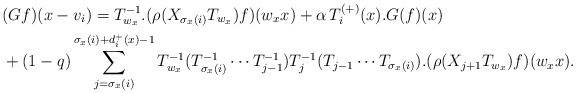
LaTeX: \begin{align*}& (Gf)(x-v_{i})=T_{w_{x}}^{-1}.(\rho(X_{\sigma_{x}(i)}T_{w_{x}})f)(w_{x}x)+\alpha \, T_{i}^{(+)}(x).G(f)(x) \\ &+(1-q)\sum_{j=\sigma_{x}(i)}^{\sigma_{x}(i)+d_{i}^{+}(x)-1}T_{w_{x}}^{-1}(T_{\sigma_{x}(i)}^{-1}\cdots T_{j-1}^{-1})T_{j}^{-1}(T_{j-1}\cdots T_{\sigma_{x}(i)}).(\rho(X_{j+1}T_{w_{x}})f)(w_{x}x). \end{align*}